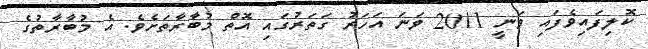
ކޮލިފައިވެފައި ވަނީ 2011 ވަނަ އަހަރު ގަތަރުގައި އޮތް މުބާރާތަށެވެ. އެ މުބާރާތުގެ